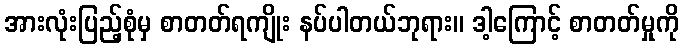
အားလုံးပြည့်စုံမှ စာတတ်ရကျိုး နပ်ပါတယ်ဘုရား။ ဒါ့ကြောင့် စာတတ်မှုကို